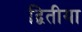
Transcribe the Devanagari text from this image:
द्बितीया